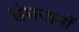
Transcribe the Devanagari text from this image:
संमजनों